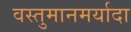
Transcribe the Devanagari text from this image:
वस्तुमानमर्यादा